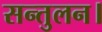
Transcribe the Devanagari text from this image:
सन्तुलन।